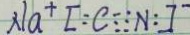
N a ^ { + } [ : C \vdots \vdots = N : ]